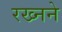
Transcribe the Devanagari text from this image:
रख्नने